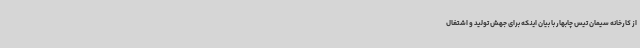
از کارخانه سیمان تیس چابهار با بیان اینکه برای جهش تولید و اشتغال